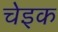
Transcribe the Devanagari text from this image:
चेइक